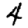
Digit: 4